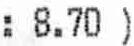
: 8.70 )